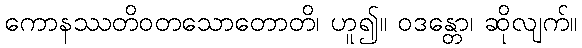
ကောနဿတိဝတသောတောတိ၊ ဟူ၍။ ဝဒန္တော၊ ဆိုလျက်။